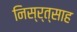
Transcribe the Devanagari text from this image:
निस्र्त्साह